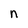
Character: n